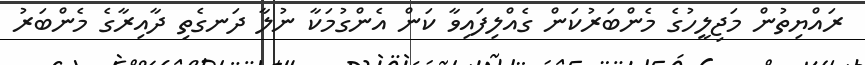
ރައްޔިތުން މަޖިލީހުގެ މެންބަރުކަން ގެއްލިފައިވާ ކަން އެންގުމަކާ ނުލާ ދަނގެތި ދާއިރާގެ މެންބަރު